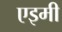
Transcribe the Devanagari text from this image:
एइमी